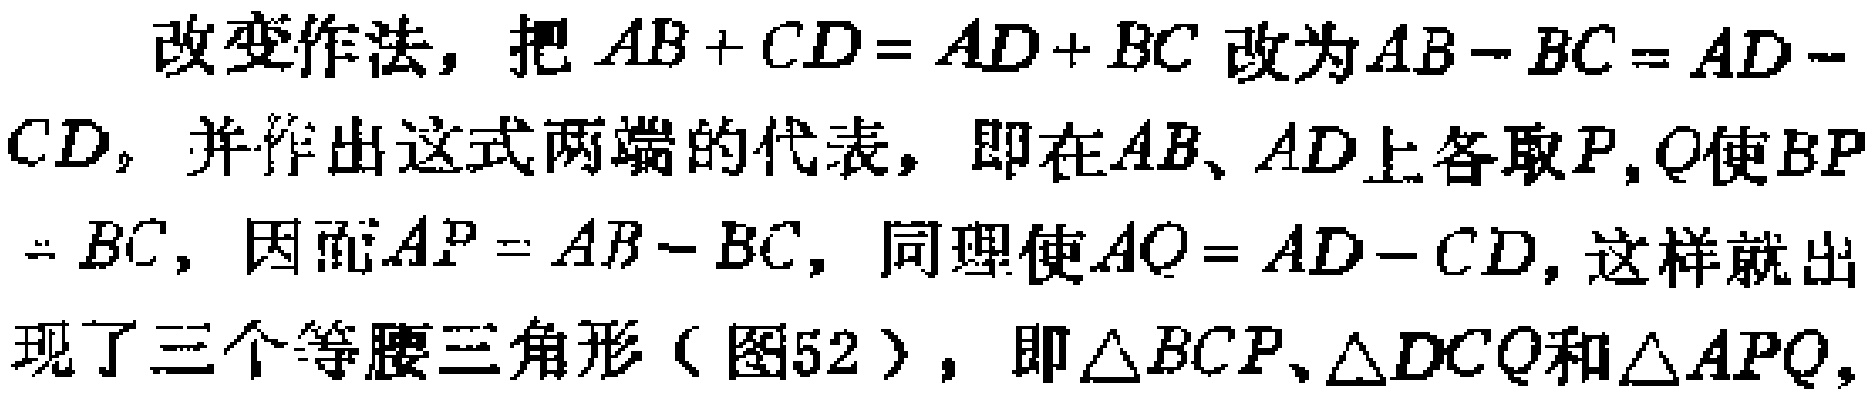
改变作法，把\(AB + CD = AD + BC\)改为\(AB - BC = AD - CD\)，并作出这式两端的代表，即在\(AB\)、\(AD\)上各取\(P,Q\)使\(BP = BC\)，因而\(AP = AB - BC\)，同理使\(AQ = AD - CD\)，这样就出现了三个等腰三角形（图52），即\(\triangle BCP\)、\(\triangle DCQ\)和\(\triangle APQ\)，